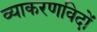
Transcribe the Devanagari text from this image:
व्याकरणविदों